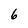
Character: 6